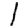
Digit: 1